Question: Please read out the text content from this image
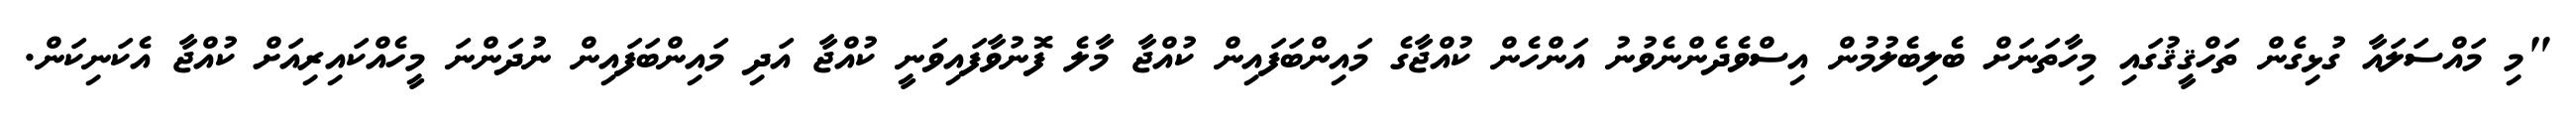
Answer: "މި މައްސަލައާ ގުޅިގެން ތަހްޤީޤުގައި މިހާތަނަށް ބެލިބެލުމުން އިސްވެދެންނެވުނު އަންހެން ކުއްޖާގެ މައިންބަފައިން ކުއްޖާ މާލެ ފޮނުވާފައިވަނީ ކުއްޖާ އަދި މައިންބަފައިން ނުދަންނަ މީހެއްކައިރިއަށް ކުއްޖާ އެކަނިކަން.